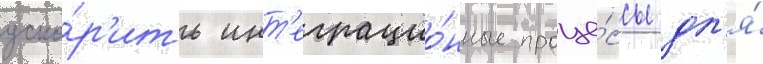
уско́р'ить инт'еграцио́нные проце́ссы дл'я́